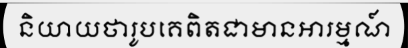
និយាយថារូបគេពិតជាមានអារម្មណ៍